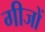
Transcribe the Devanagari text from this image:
गीजों